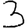
Digit: 3